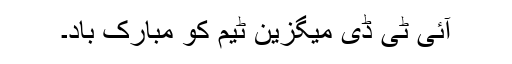
آئی ٹی ڈی میگزین ٹیم کو مبارک باد۔